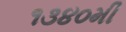
૧૩૪૦મી